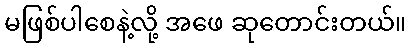
မဖြစ်ပါစေနဲ့လို့ အဖေ ဆုတောင်းတယ်။